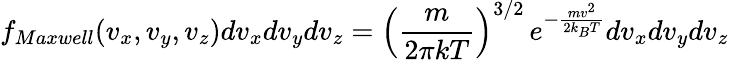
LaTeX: f_{Maxwell}(v_{x},v_{y},v_{z})dv_{x}dv_{y}dv_{z}=\left({\frac{m}{2\pi kT}}\right)^{3/2}\, e^{-{\frac{mv^{2}}{2k_{B}T}}}dv_{x}dv_{y}dv_{z}